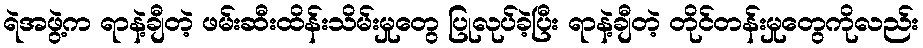
ရဲအဖွဲ့က ရာနဲ့ချီတဲ့ ဖမ်းဆီးထိန်းသိမ်းမှုတွေ ပြုလုပ်ခဲ့ပြီး ရာနဲ့ချီတဲ့ တိုင်တန်းမှုတွေကိုလည်း